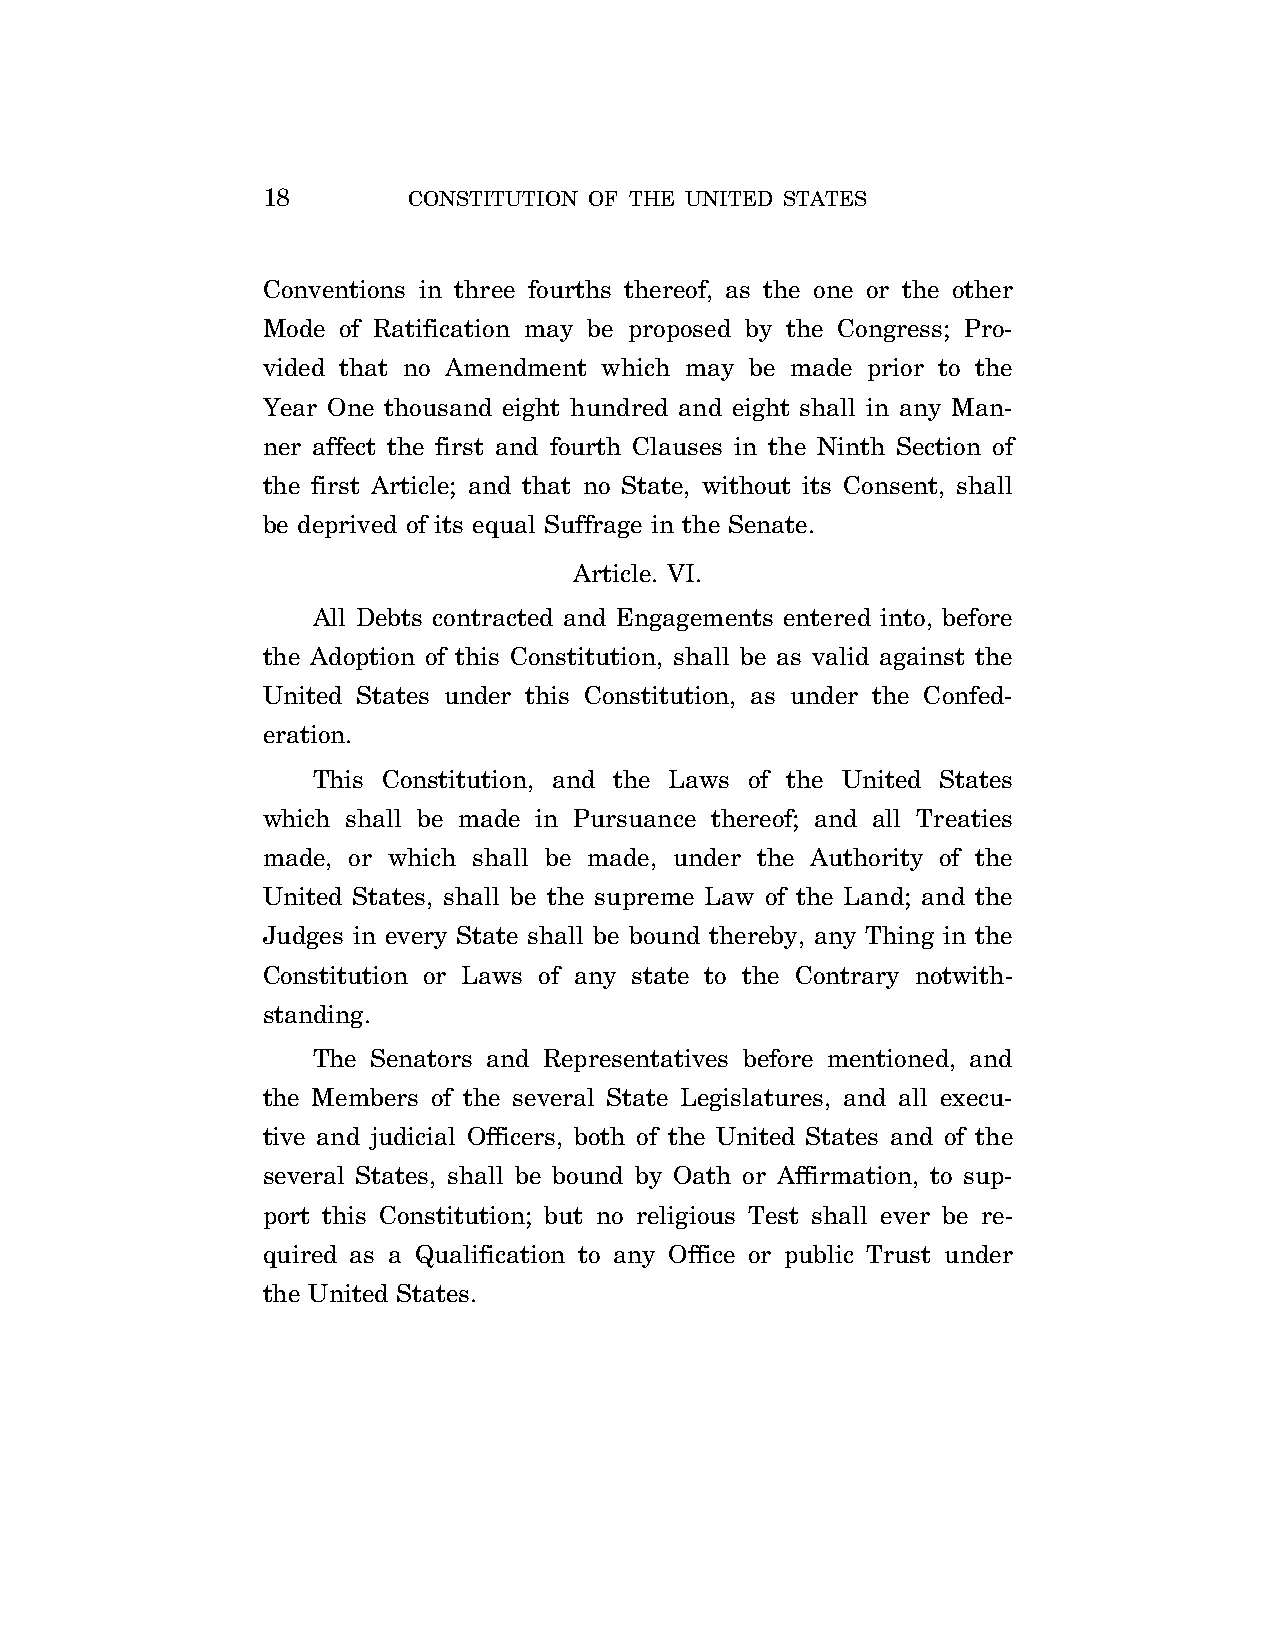
18        CONSTITUTION OF THE UNITED STATES
 Conventions in three fourths thereof, as the one or the other
 Mode of Ratification may be proposed by the Congress; Pro-
 vided that no Amendment which may be made prior to the
 Year One thousand eight hundred and eight shall in any Man-
 ner affect the first and fourth Clauses in the Ninth Section of
 the first Article; and that no State, without its Consent, shall
 be deprived of its equal Suffrage in the Senate.
 Article. VI.
 All Debts contracted and Engagements entered into, before
 the Adoption of this Constitution, shall be as valid against the
 United States under this Constitution, as under the Confed-
 eration.
 This Constitution, and the Laws of the United States
 which shall be made in Pursuance thereof; and all Treaties
 made, or which shall be made, under the Authority of the
 United States, shall be the supreme Law of the Land; and the
 Judges in every State shall be bound thereby, any Thing in the
 Constitution or Laws of any state to the Contrary notwith-
 standing.
 The Senators and Representatives before mentioned, and
 the Members of the several State Legislatures, and all execu-
 tive and judicial Officers, both of the United States and of the
 several States, shall be bound by Oath or Affirmation, to sup-
 port this Constitution; but no religious Test shall ever be re-
 quired as a Qualification to any Office or public Trust under
 the United States.
 VerDate Apr 14 2004 11:04 Apr 14, 2004 Jkt 077500 PO 00000 Frm 00018 Fmt 8221 Sfmt 8221 C:\CONAN\CON006.XXX PRFM99 PsN: CON006